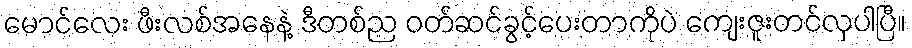
မောင်လေး ဖီးလစ်အနေနဲ့ ဒီတစ်ည ဝတ်ဆင်ခွင့်ပေးတာကိုပဲ ကျေးဇူးတင်လှပါပြီ။